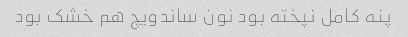
پنه کامل نپخته بود نون ساندویچ هم خشک بود